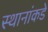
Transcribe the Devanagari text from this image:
स्थानांकडे